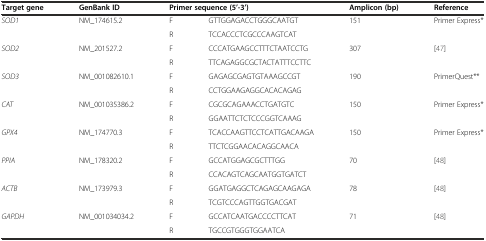
<table><thead><tr><td><b>Target gene</b></td><td><b>GenBank ID</b></td><td colspan="2"><b>Primer sequence (5’-3’)</b></td><td><b>Amplicon (bp)</b></td><td><b>Reference</b></td></tr></thead><tbody><tr><td><i>SOD1</i></td><td>NM_174615.2</td><td>F</td><td>GTTGGAGACCTGGGCAATGT</td><td>151</td><td>Primer Express*</td></tr><tr><td></td><td></td><td>R</td><td>TCCACCCTCGCCCAAGTCAT</td><td></td><td></td></tr><tr><td><i>SOD2</i></td><td>NM_201527.2</td><td>F</td><td>CCCATGAAGCCTTTCTAATCCTG</td><td>307</td><td rowspan="2">[47]</td></tr><tr><td></td><td></td><td>R</td><td>TTCAGAGGCGCTACTATTTCCTTC</td><td></td></tr><tr><td><i>SOD3</i></td><td>NM_001082610.1</td><td>F</td><td>GAGAGCGAGTGTAAAGCCGT</td><td>190</td><td>PrimerQuest**</td></tr><tr><td></td><td></td><td>R</td><td>CCTGGAAGAGGCACACAGAG</td><td></td><td></td></tr><tr><td><i>CAT</i></td><td>NM_001035386.2</td><td>F</td><td>CGCGCAGAAACCTGATGTC</td><td>150</td><td>Primer Express*</td></tr><tr><td></td><td></td><td>R</td><td>GGAATTCTCTCCCGGTCAAAG</td><td></td><td></td></tr><tr><td><i>GPX4</i></td><td>NM_174770.3</td><td>F</td><td>TCACCAAGTTCCTCATTGACAAGA</td><td>150</td><td>Primer Express*</td></tr><tr><td></td><td></td><td>R</td><td>TTCTCGGAACACAGGCAACA</td><td></td><td></td></tr><tr><td><i>PPIA</i></td><td>NM_178320.2</td><td>F</td><td>GCCATGGAGCGCTTTGG</td><td>70</td><td>[48]</td></tr><tr><td></td><td></td><td>R</td><td>CCACAGTCAGCAATGGTGATCT</td><td></td><td></td></tr><tr><td><i>ACTB</i></td><td>NM_173979.3</td><td>F</td><td>GGATGAGGCTCAGAGCAAGAGA</td><td>78</td><td>[48]</td></tr><tr><td></td><td></td><td>R</td><td>TCGTCCCAGTTGGTGACGAT</td><td></td><td></td></tr><tr><td><i>GAPDH</i></td><td>NM_001034034.2</td><td>F</td><td>GCCATCAATGACCCCTTCAT</td><td>71</td><td>[48]</td></tr><tr><td></td><td></td><td>R</td><td>TGCCGTGGGTGGAATCA</td><td></td><td></td></tr></tbody></table>